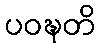
ပဝဍ္ဎတိ